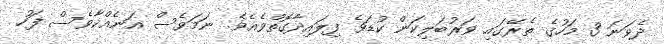
ދެވަނަ 3 މަހުގެ ތެރޭގައި ވަރުބަލިކަން ކުޑަވެ ފިލައިދާގޮތްވެއެވެ. ނަމަވެސް އަނެއްކާވެސް ފަހު